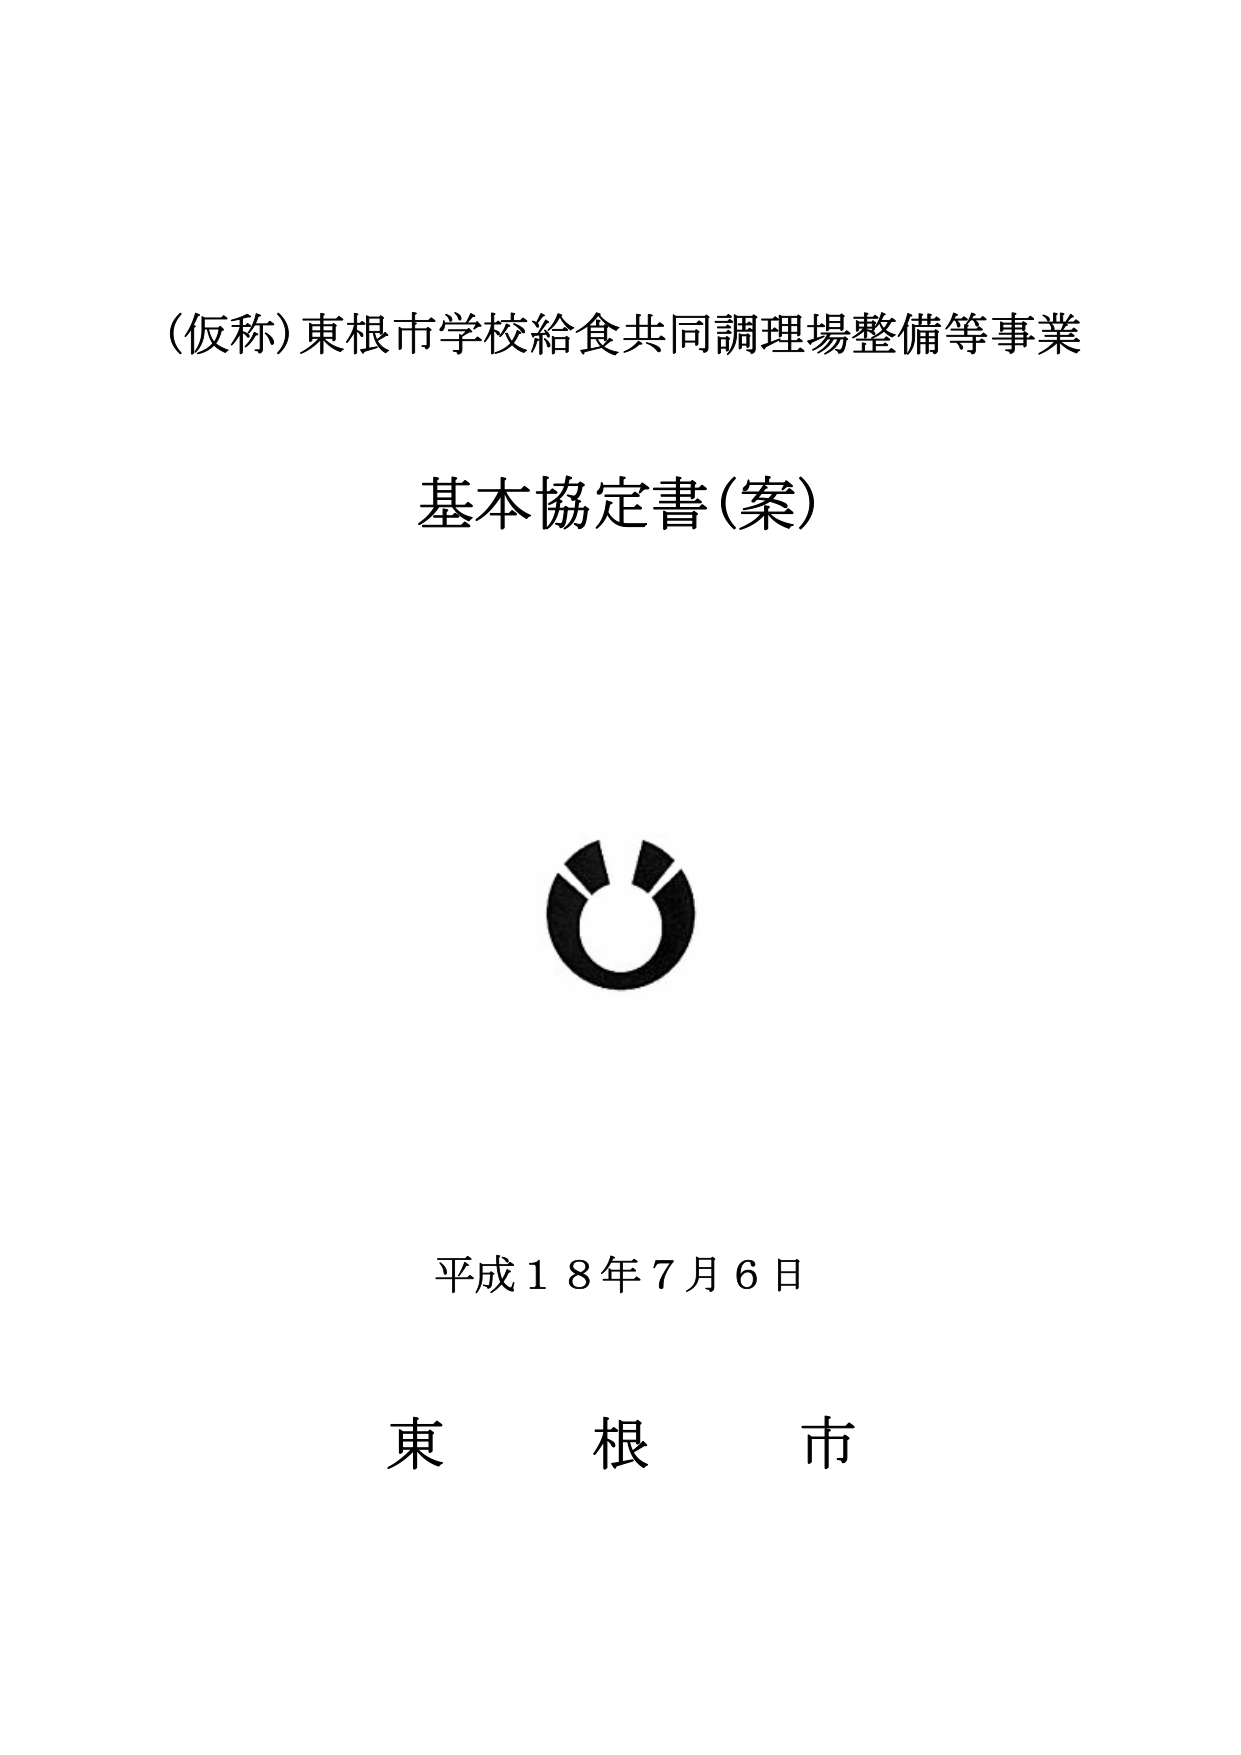
(仮称) 東根市学校給食共同調理場整備等事業
基本協定書(案)

平成１８年７月６日
東　根　市